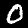
Label: 0